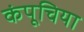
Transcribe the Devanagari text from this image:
कंपूचिया